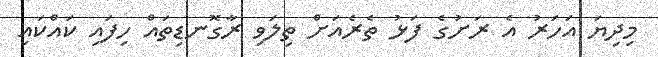
މިދިޔަ އަހަރު އެ ރަށުގެ ފަޅު ތެރެއަށް ތިލަވި ރާގޮނޑިތައް ހިފައި ކައްކައި